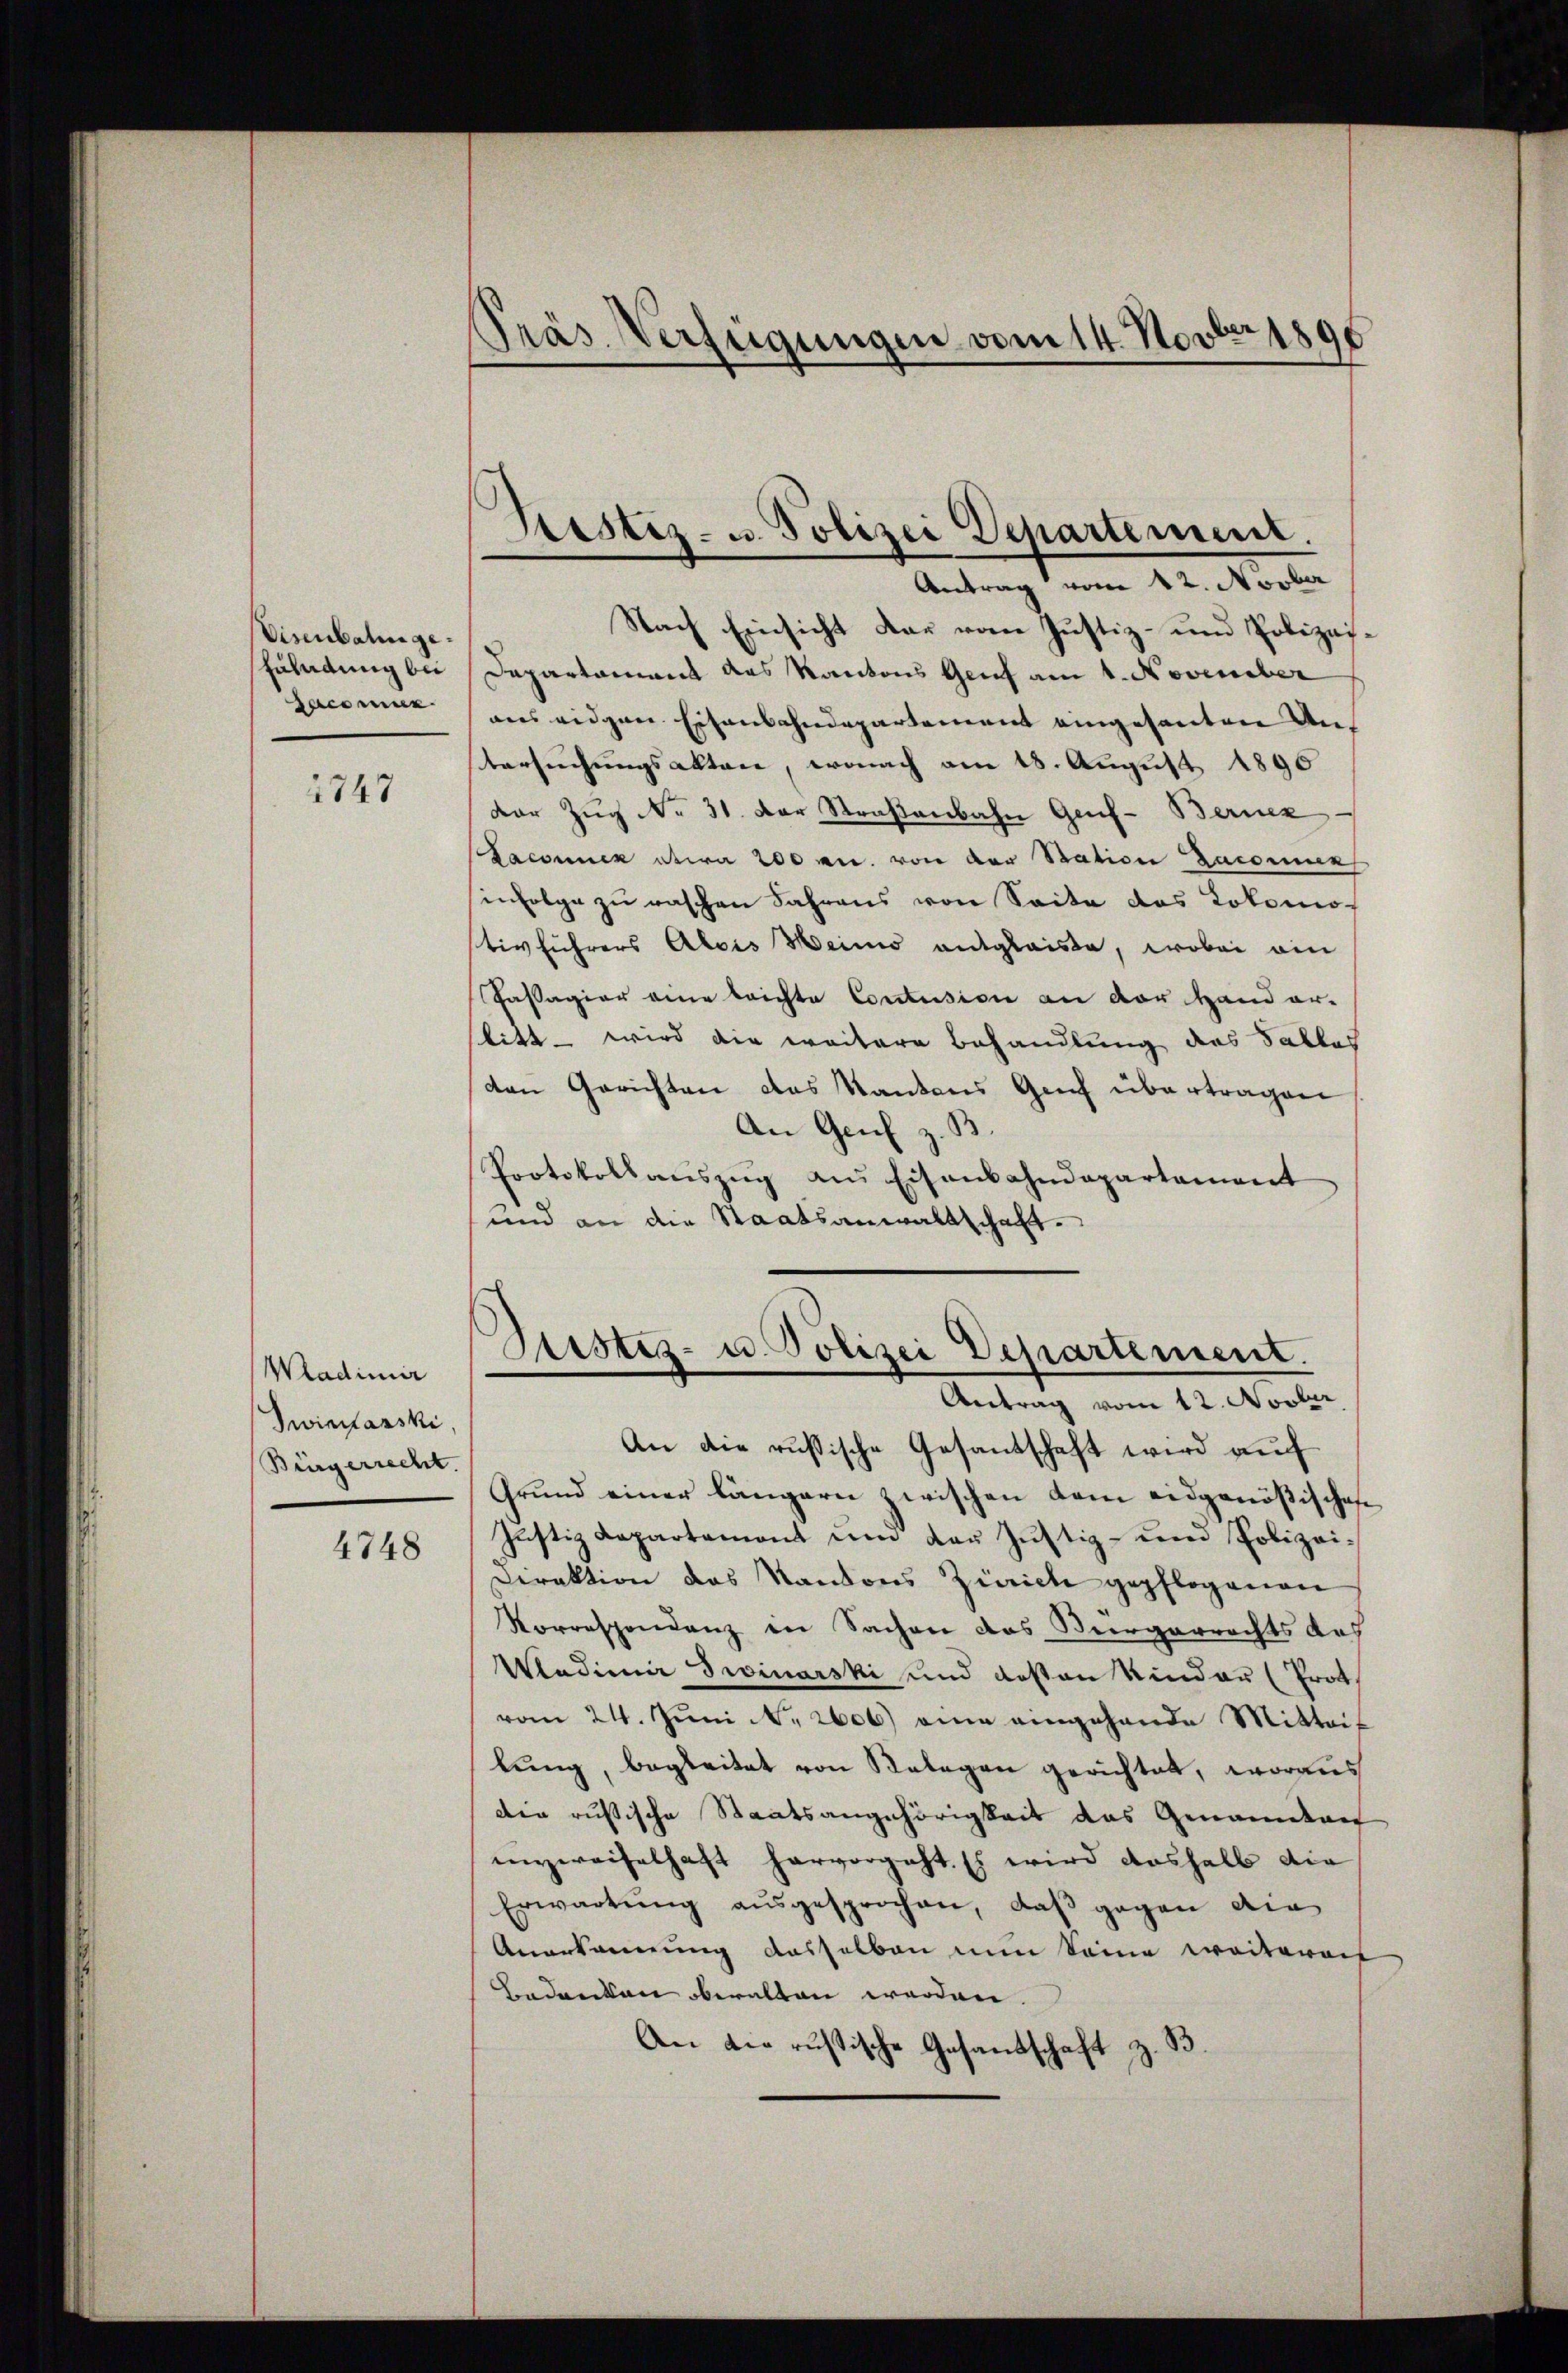
Visenbahn ge¬
Euhndung bei
aconus

1747

Wladimir
Zwinarski
Bürgerrecht.

4748

Präs. Verfügungen vom 14. Novber 1890

Pristiz- u. Polizei Departement.

Antrag vom 12. Novber
Nach Einsicht dar vom Justiz- und Polizei¬
Departament das Kantons Genf am 1. November
ans eidgen. Eisenbahndepartement eingesanten An¬
Versuchungsakten, wonach am 18. August 1890
der Zug No 31. Der Straßenbahn Genf- Bernez
Laconuen etwa 200 an. von der Station Jacommen
infolge zu raschen Jahrens von Seite das Lokomo
tivführers Alois Weins entgleise, wobei ein
Passagier eine leichte Conclusion an der Hand er-
litt – wird die weitere Behandlung des Salles
den Gerichten das Kantons Genf übertragen
An Genf z. B.
Protokollauszug aus Eisenbahndepartement
und an den Staatsanwaltschaft.
Justiz- u. Polizei Departement.
Antrag vom 12. Novber
An die russische Gesantschaft wird auch
Grund einer längern zwischen dem eidgenößischen
Justiz Capartemont um Lau Justiz- und Polizei¬
Diraktion das Kantons Zürich gepflogenen
Korrespondenz in Sachen das Vergerrechts des
Vadimir Drinarski und deßen Kinder (Prot
vom 24. Juni N. 2606) ein eingehande Mitteif
lung, begleitet von Belegen gerichtet, woraus
den russische Staatsangehörigkeit das Genannten
unzweifelhaft hervorgeht. Es wird deshalb die
Erwartung aŭsgesprochen, daβ gegen die
Anerkannung dasselben man Seine weiterait
Bedanken beralten werden.
An die russische Gesandschaft z. B.